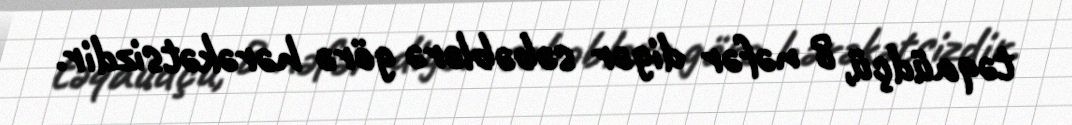
təqaüdçü, 8 nəfər digər səbəblərə görə hərəkətsizdir.